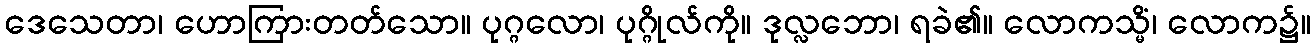
ဒေသေတာ၊ ဟောကြားတတ်သော။ ပုဂ္ဂလော၊ ပုဂ္ဂိုလ်ကို။ ဒုလ္လဘော၊ ရခဲ၏။ လောကသ္မိံ၊ လောက၌။